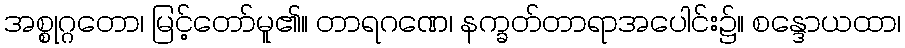
အစ္စုဂ္ဂတော၊ မြင့်တော်မူ၏။ တာရဂဏေ၊ နက္ခတ်တာရာအပေါင်း၌။ စန္ဒောယထာ၊